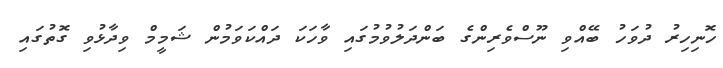
ހޮނިހިރު ދުވަހު ބޭއްވި ނޫސްވެރިންގެ ބަންދަލުވުމުގައި ވާހަކަ ދައްކަވަމުން ޝަމީމް ވިދާޅުވި ގޮތުގައި